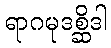
ရာဂမုဒစ္ဆိဒါ